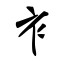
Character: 衤